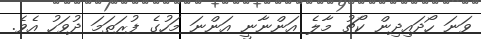
ވަނަ ހޯދައިދިން ކޯޗު މާލެ އަންނާނީ އަންނަ މަހުގެ ފުރަތަމަ ދުވަހު އެވެ.